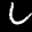
Label: 6